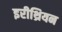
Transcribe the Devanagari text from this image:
इरीथ्रियन